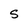
Character: S